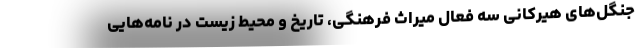
جنگل‌های هیرکانی سه فعال میراث فرهنگی، تاریخ و محیط زیست در نامه‌هایی